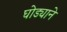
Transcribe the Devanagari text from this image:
घोड्याने